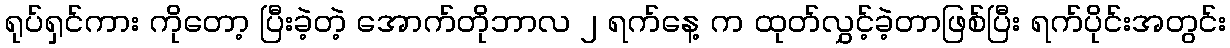
ရုပ်ရှင်ကား ကိုတော့ ပြီးခဲ့တဲ့ အောက်တိုဘာလ ၂ ရက်နေ့ က ထုတ်လွှင့်ခဲ့တာဖြစ်ပြီး ရက်ပိုင်းအတွင်း